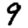
Digit: 9